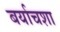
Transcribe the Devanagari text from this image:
बर्याचशा